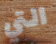
التي